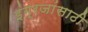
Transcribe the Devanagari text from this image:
इंग्रजांसाठी